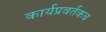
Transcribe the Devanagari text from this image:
कार्यप्रवर्तकच